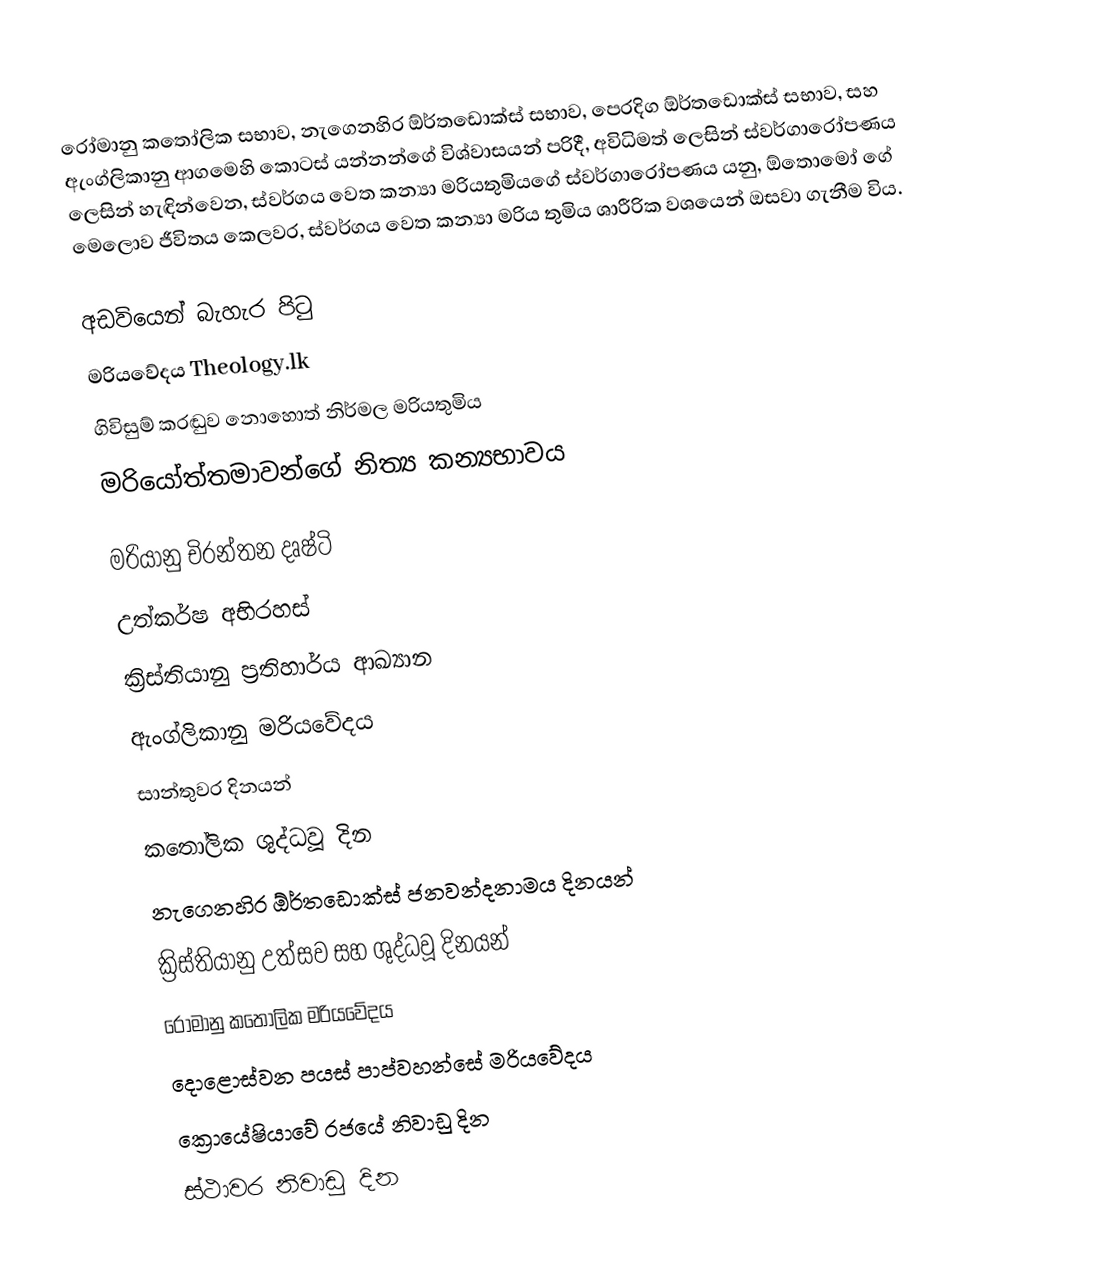
රෝමානු කතෝලික සභාව, නැගෙනහිර ඕර්තඩොක්ස් සභාව, පෙරදිග ඕර්තඩොක්ස් සභාව, සහ ඇංග්ලිකානු ආගමෙහි කොටස් යන්නන්ගේ විශ්වාසයන් පරිදී, අවිධිමත් ලෙසින් ස්වර්ගාරෝපණය ලෙසින් හැඳින්වෙන, ස්වර්ගය වෙත කන්‍යා මරියතුමියගේ ස්වර්ගාරෝපණය යනු, ඕතොමෝ ගේ  මෙලොව ජීවිතය කෙලවර,  ස්වර්ගය  වෙත කන්‍යා මරිය තුමිය ශාරීරික වශයෙන් ඔසවා ගැනීම විය.

අඩවියෙන් බැහැර පිටු
 මරියවේදය Theology.lk
 ගිවිසුම් කරඬුව නොහොත් නිර්මල මරියතුමිය
 මරියෝත්තමාවන්ගේ නිත්‍ය කන්‍යභාවය

මරියානු චිරන්තන දෘෂ්ටි
උත්කර්ෂ අභිරහස්
ක්‍රිස්තියානු ප්‍රතිහාර්ය ආඛ්‍යාන
ඇංග්ලිකානු මරියවේදය
සාන්තුවර දිනයන්
කතෝලික ශුද්ධවූ දින
නැගෙනහිර ඕර්තඩොක්ස් ජනවන්දනාමය දිනයන්
ක්‍රිස්තියානු උත්සව සහ ශුද්ධවූ දිනයන්
රෝමානු කතෝලික මරියවේදය
දොළොස්වන පයස් පාප්වහන්සේ මරියවේදය
ක්‍රොයේෂියාවේ රජයේ නිවාඩු දින
ස්ථාවර නිවාඩු දින